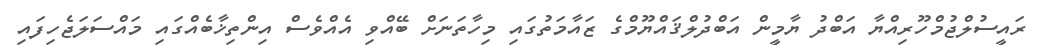
ރައީސުލްޖުމްހޫރިއްޔާ އަބްދު ޔާމީން އަބްދުލްޤައްޔޫމްގެ ޒައާމަތުގައި މިހާތަނަށް ބޭއްވި އެއްވެސް އިންތިޚާބެއްގައި މައްސަލަޖެހިފައި